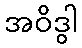
အဝိဒွါ